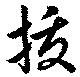
抜